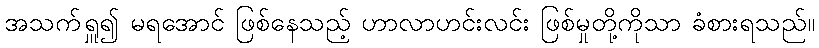
အသက်ရှူ၍ မရအောင် ဖြစ်နေသည့် ဟာလာဟင်းလင်း ဖြစ်မှုတို့ကိုသာ ခံစားရသည်။